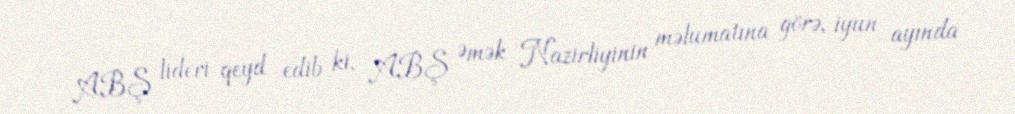
ABŞ lideri qeyd edib ki, ABŞ Əmək Nazirliyinin məlumatına görə, iyun ayında